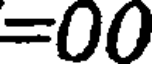
=00